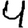
Digit: 4